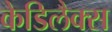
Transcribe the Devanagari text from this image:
केडिलैक्‍स